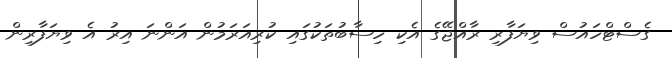
ގެސްޓްހައުސް ވިޔަފާރި ރާއްޖޭގެ އެކި ހިސާބުތަކުގައި ކުރިއަރަމުން އަންނަ އިރު އެ ވިޔަފާރިން